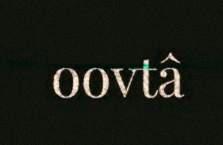
oovtâ